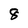
Character: 8